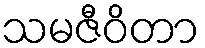
သမဇီဝိတာ